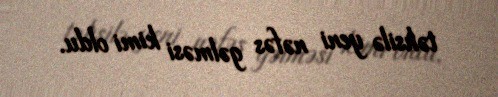
təhsilə yeni nəfəs gəlməsi kimi oldu.